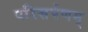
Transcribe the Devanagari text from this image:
परिसर्पणम्